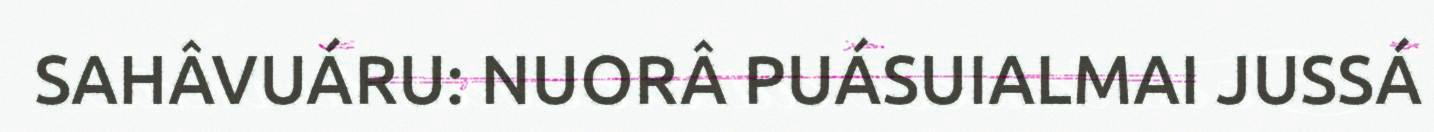
SAHÂVUÁRU: NUORÂ PUÁSUIALMAI JUSSÁ